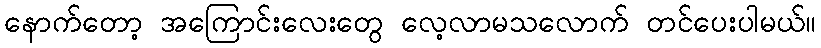
နောက်တော့ အကြောင်းလေးတွေ လေ့လာမသလောက် တင်ပေးပါမယ်။